65_HS1-834228961_62-HQ-83894_SUB_A
Agency: FBI
Page 118
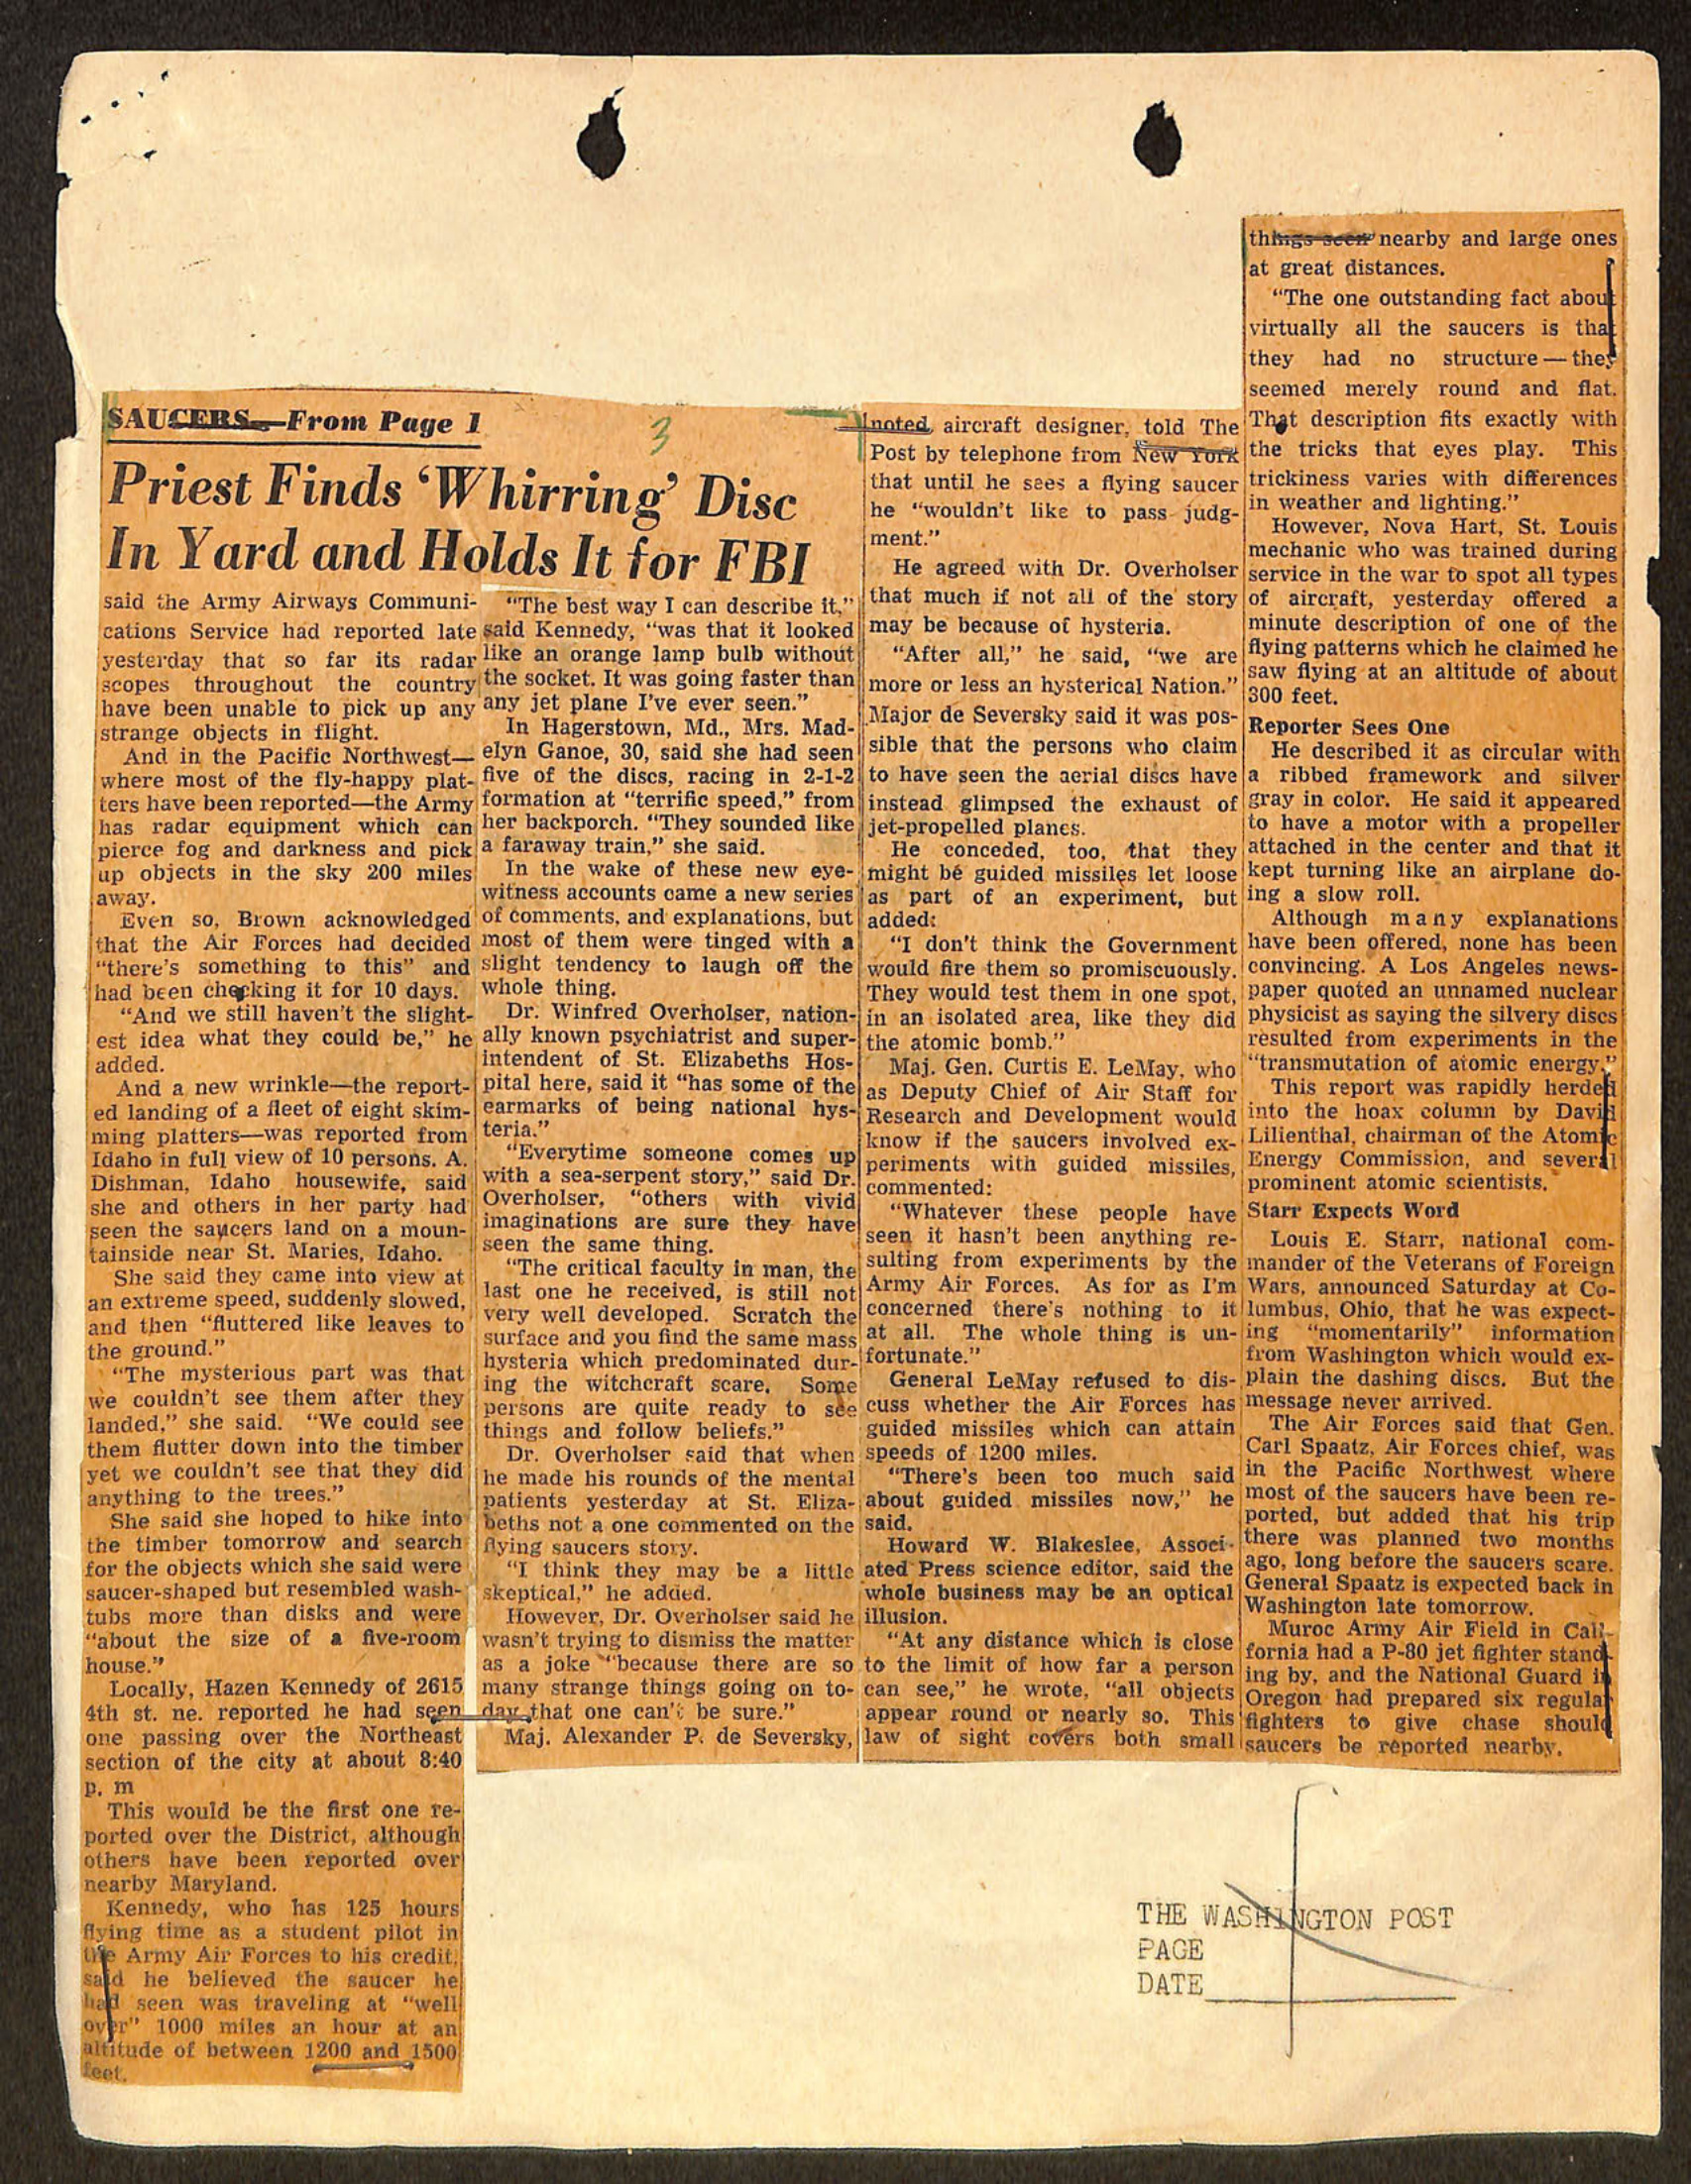